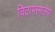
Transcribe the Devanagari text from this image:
चिताभस्मालेपो